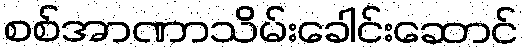
စစ်အာဏာသိမ်းခေါင်းဆောင်